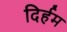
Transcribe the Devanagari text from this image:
दिर्हम